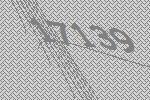
17139